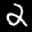
Label: 2